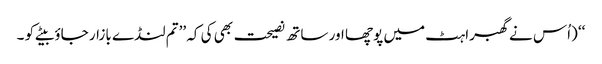
‘‘ (اُس نے گھبراہٹ میں پوچھا اور ساتھ نصیحت بھی کی کہ ’’تم لنڈے بازار جاؤ بیٹے کو ۔